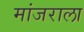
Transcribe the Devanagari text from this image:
मांजराला